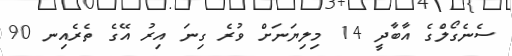
ސެނެގޯލްގެ އާބާދީ 14 މިލިޔަނަށް ވުރެ ގިނަ އިރު އޭގެ ތެރެއިނ 90